Lock hospitals Punjab
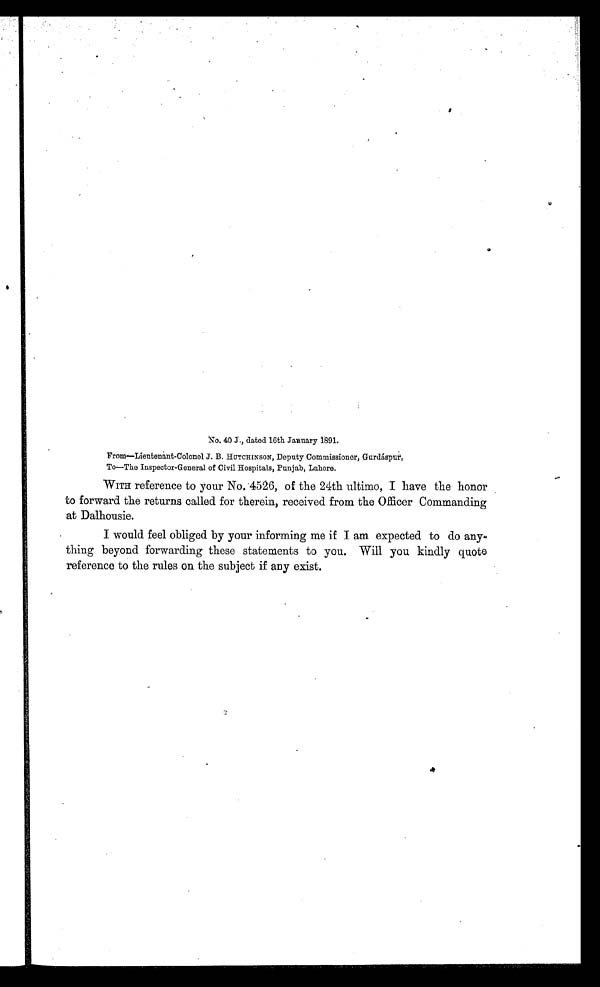
From—Li eutenant-Col onel J. B. HUTCHINSON, Deputy Commi ssi oner, Gurdáspur,
To—The Inspector-General of Civil Hospitals, Punjab, Lahore.
WITH reference to your No. 4526, of the 24th ultimo, I have the honor
to forward the returns called for therein, received from the Officer Commanding
at Dalhousie.
I would feel obliged by your informing me if I am expected to do any-
thing beyond forwarding these statements to you. Will you kindly quote
reference to the rules on the subject if any exist.